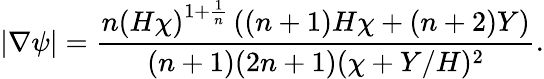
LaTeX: |\nabla\psi|=\frac{\displaystyle{n\left(H\chi\right)^{1+\frac{1}{n}}\left((n+1)H\chi+(n+2)Y\right)}}{(n+1)(2n+1)(\chi+Y/H)^{2}}.